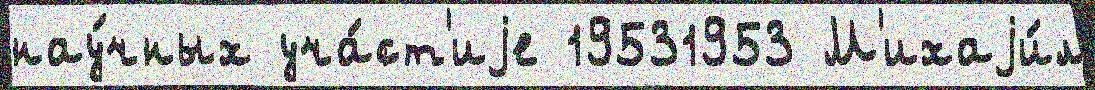
нау́чных уча́ст'иjе 19531953 М'ихаjи́л